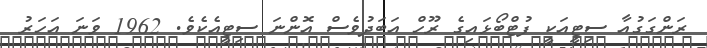
ރަންގަގުއާ ސިޓީއަކީ ފުޓްބޯޅައިގެ ރޫހް އަބަދުވެސް އޮންނަ ސިޓީއެކެވެ. 1962 ވަނަ އަހަރު